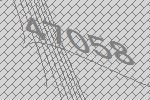
47058